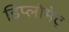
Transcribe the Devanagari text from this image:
डिप्लोमेट्